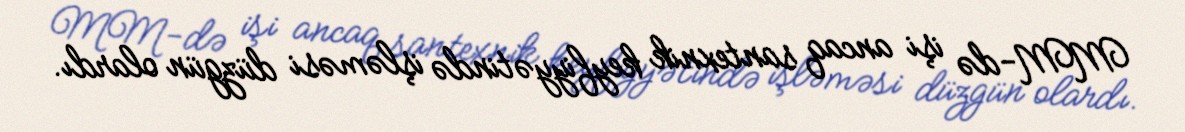
MM-də işi ancaq santexnik keyfiyyətində işləməsi düzgün olardı.